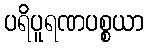
ပရိပူရဏပစ္စယာ